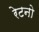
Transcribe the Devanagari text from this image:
रेटनो